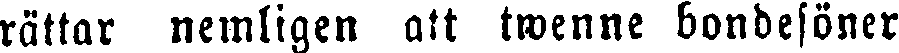
rättar nemligen att twenne bondesöner